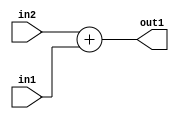
`timescale 1ps / 1ps
/*****************************************************************************
    Verilog RTL Description
    
    
    Created by: Stratus DpOpt 2019.1.01 
*******************************************************************************/

module DC_Filter_Add_5Sx1U_5S_1 (
	in2,
	in1,
	out1
	); /* architecture "behavioural" */ 
input [4:0] in2;
input  in1;
output [4:0] out1;
wire [4:0] asc001;

assign asc001 = 
	+(in2)
	+(in1);

assign out1 = asc001;
endmodule

/* CADENCE  urf4Qg4= : u9/ySgnWtBlWxVPRXgAZ4Og= ** DO NOT EDIT THIS LINE ******/